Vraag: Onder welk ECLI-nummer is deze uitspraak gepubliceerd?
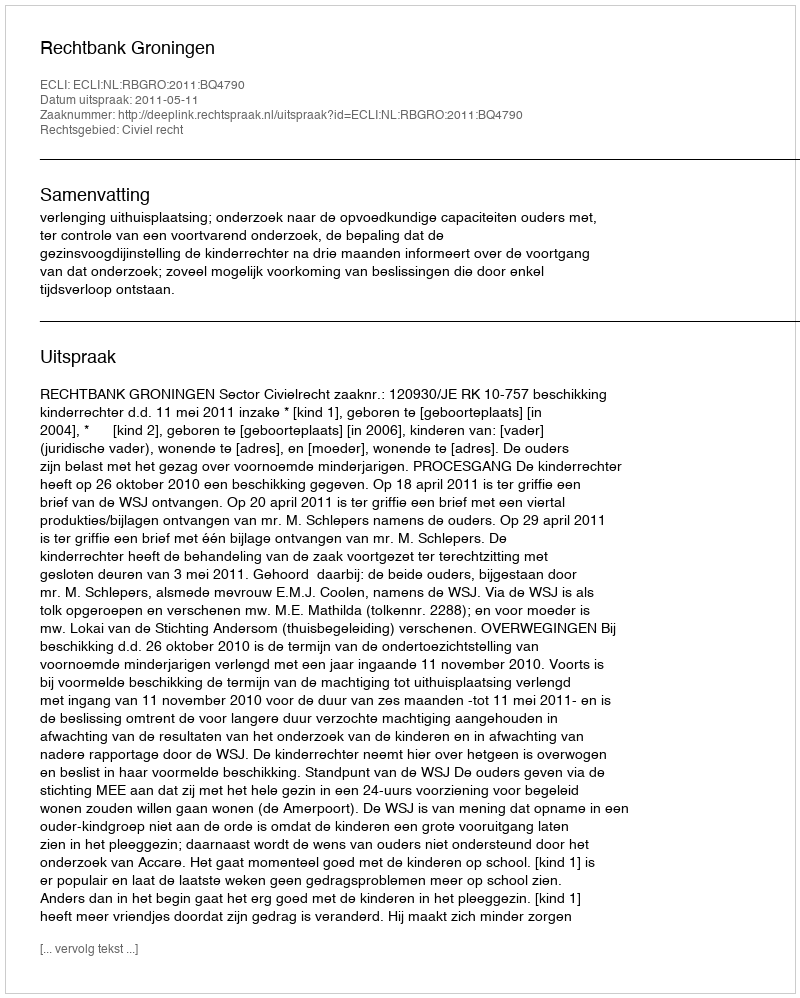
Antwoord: ECLI:NL:RBGRO:2011:BQ4790